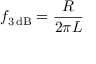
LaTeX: f _ { \mathrm { 3 \, d B } } = { \frac { R } { 2 \pi L } }